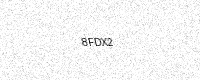
Text: 8FDX2